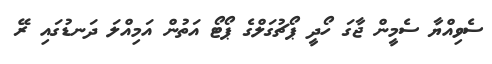
ސެވިއްޔާ ސެމީން ޖާގަ ހޯދީ ޕޯޗުގަލްގެ ޕޯޓޯ އަތުން އަމިއްލަ ދަނޑުގައި ރޭ